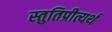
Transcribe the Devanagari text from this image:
स्तुतिप्रीत्यर्थ